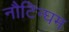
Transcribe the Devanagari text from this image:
नौटिन्घम